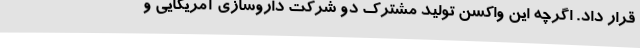
قرار داد. اگرچه این واکسن تولید مشترک دو شرکت داروسازی آمریکایی و